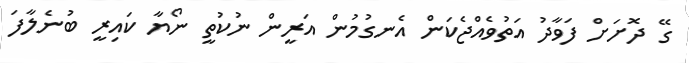
ގޭ ދޮށަށް ފަވާދު އަތުވެއްޖެކަން އެނގުމުން އަރީން ނުކުތީ ނޯޔާ ކައިރީ ބުނެލާފަ